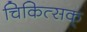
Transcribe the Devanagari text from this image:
चिकित्सक्